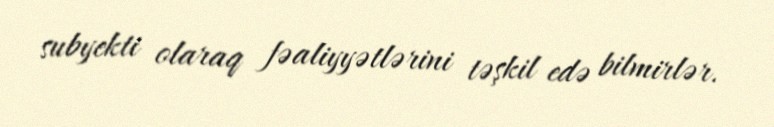
subyekti olaraq fəaliyyətlərini təşkil edə bilmirlər.